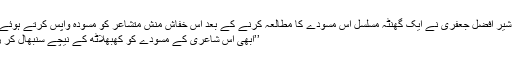
محمد شیر افضل جعفری نے ایک گھنٹہ مسلسل اس مسودے کا مطالعہ کرنے کے بعد اس خفاش منش متشاعر کو مسودہ واپس کرتے ہوئے کہا :
’’ابھی اس شاعری کے مسودے کو کھبھلاٹھ کے نیچے سنبھال کر رکھو۔